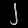
Digit: ၂